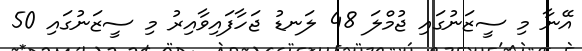
އޭނާ މި ސީޒަނުގައި ޖުމްލަ 48 ލަނޑު ޖަހާފައިވާއިރު މި ސީޒަނުގައި 50